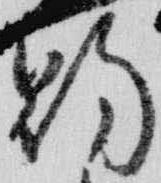
賜